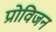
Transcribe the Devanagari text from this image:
प्रोविजन